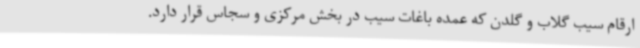
ارقام سیب گلاب و گلدن که عمده باغات سیب در بخش مرکزی و سجاس قرار دارد.